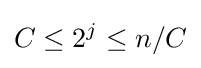
C\leq 2^{j}\leq n/C